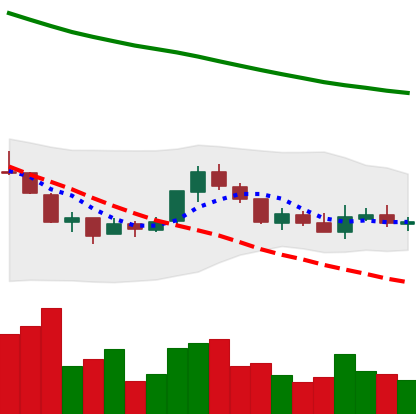
Ticker: NEO-USD
Chart end date: 2018-07-27
Forward return: -10.713%
Label: down_7plus